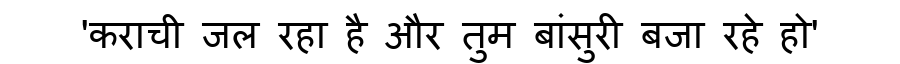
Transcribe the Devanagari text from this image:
'कराची जल रहा है और तुम बांसुरी बजा रहे हो'